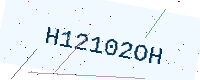
Text: H12102OH